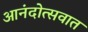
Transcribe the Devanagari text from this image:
आनंदोत्सवात